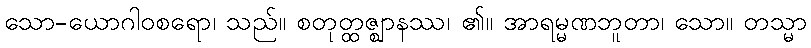
သော-ယောဂါဝစရော၊ သည်။ စတုတ္ထဇ္ဈာနဿ၊ ၏။ အာရမ္မဏဘူတာ၊ သော။ တသ္မာ